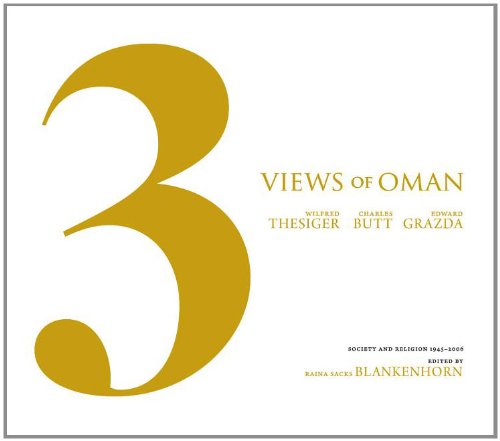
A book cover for Three Views of Oman: Society and Religion 1945 - 2006; History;